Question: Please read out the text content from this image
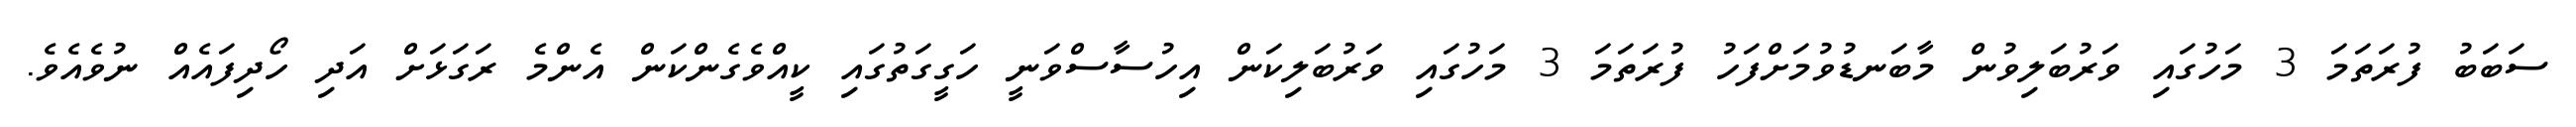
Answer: ސަބަބު ފުރަތަމަ 3 މަހުގައި ވަރުބަލިވުން މާބަނޑުވުމަށްފަހު ފުރަތަމަ 3 މަހުގައި ވަރުބަލިކަން އިހުސާސްވަނީ ހަގީގަތުގައި ކީއްވެގެންކަން އެންމެ ރަގަޅަށް އަދި ހޯދިފައެއް ނުވެއެވެ.